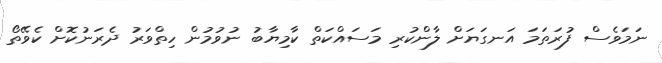
ނަމަވެސް ފުރަތަމަ އަނގަޔަށް ލާންކުރި މަސައްކަތް ކާމިޔާބު ނުވުމުން ހިތްވަރު ދެރަނުކޮށް ކެވޭތޯ